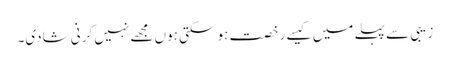
زیبی سے پہلے میں کیسے رخصت ہو سکتی ہوں مجھے نہیں کرنی شادی۔